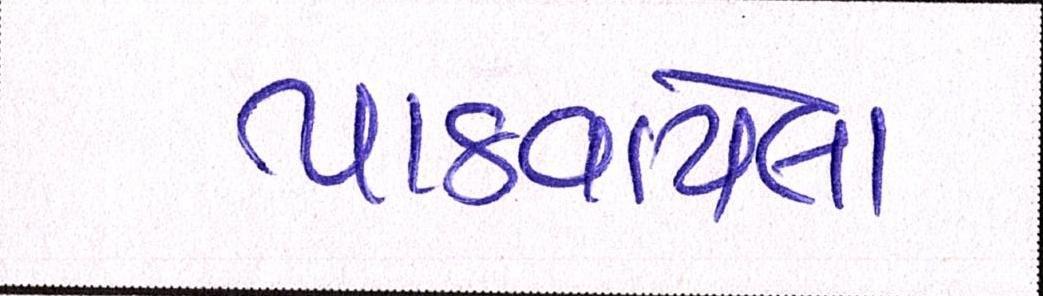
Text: પાઠવાયેલા